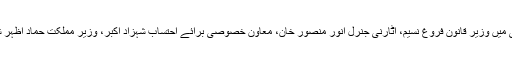
اس کمیٹی میں وزیر قانون فروغ نسیم، اٹارنی جنرل انور منصور خان، معاون خصوصی برائے احتساب شہزاد اکبر، وزیر مملکت حماد اظہر شامل ہیں۔